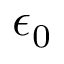
\epsilon _ { 0 }